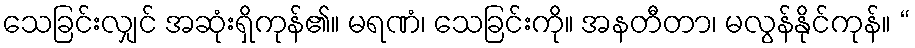
သေခြင်းလျှင် အဆုံးရှိကုန်၏။ မရဏံ၊ သေခြင်းကို။ အနတီတာ၊ မလွန်နိုင်ကုန်။ “